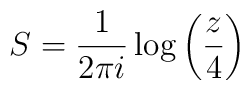
S=\frac {1}{2\pi i} \log \left( \frac {z}{4} \right)